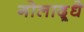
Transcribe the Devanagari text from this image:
गोलाद्र्धे